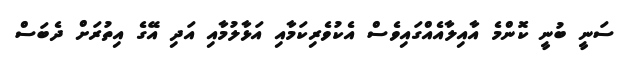
ސަނީ ބުނީ ކޮންމެ އާއިލާއެއްގައިވެސް އެކުވެރިކަމާއި އަޅާލުމާއި އަދި އޭގެ އިތުރަށް ދެބަސް